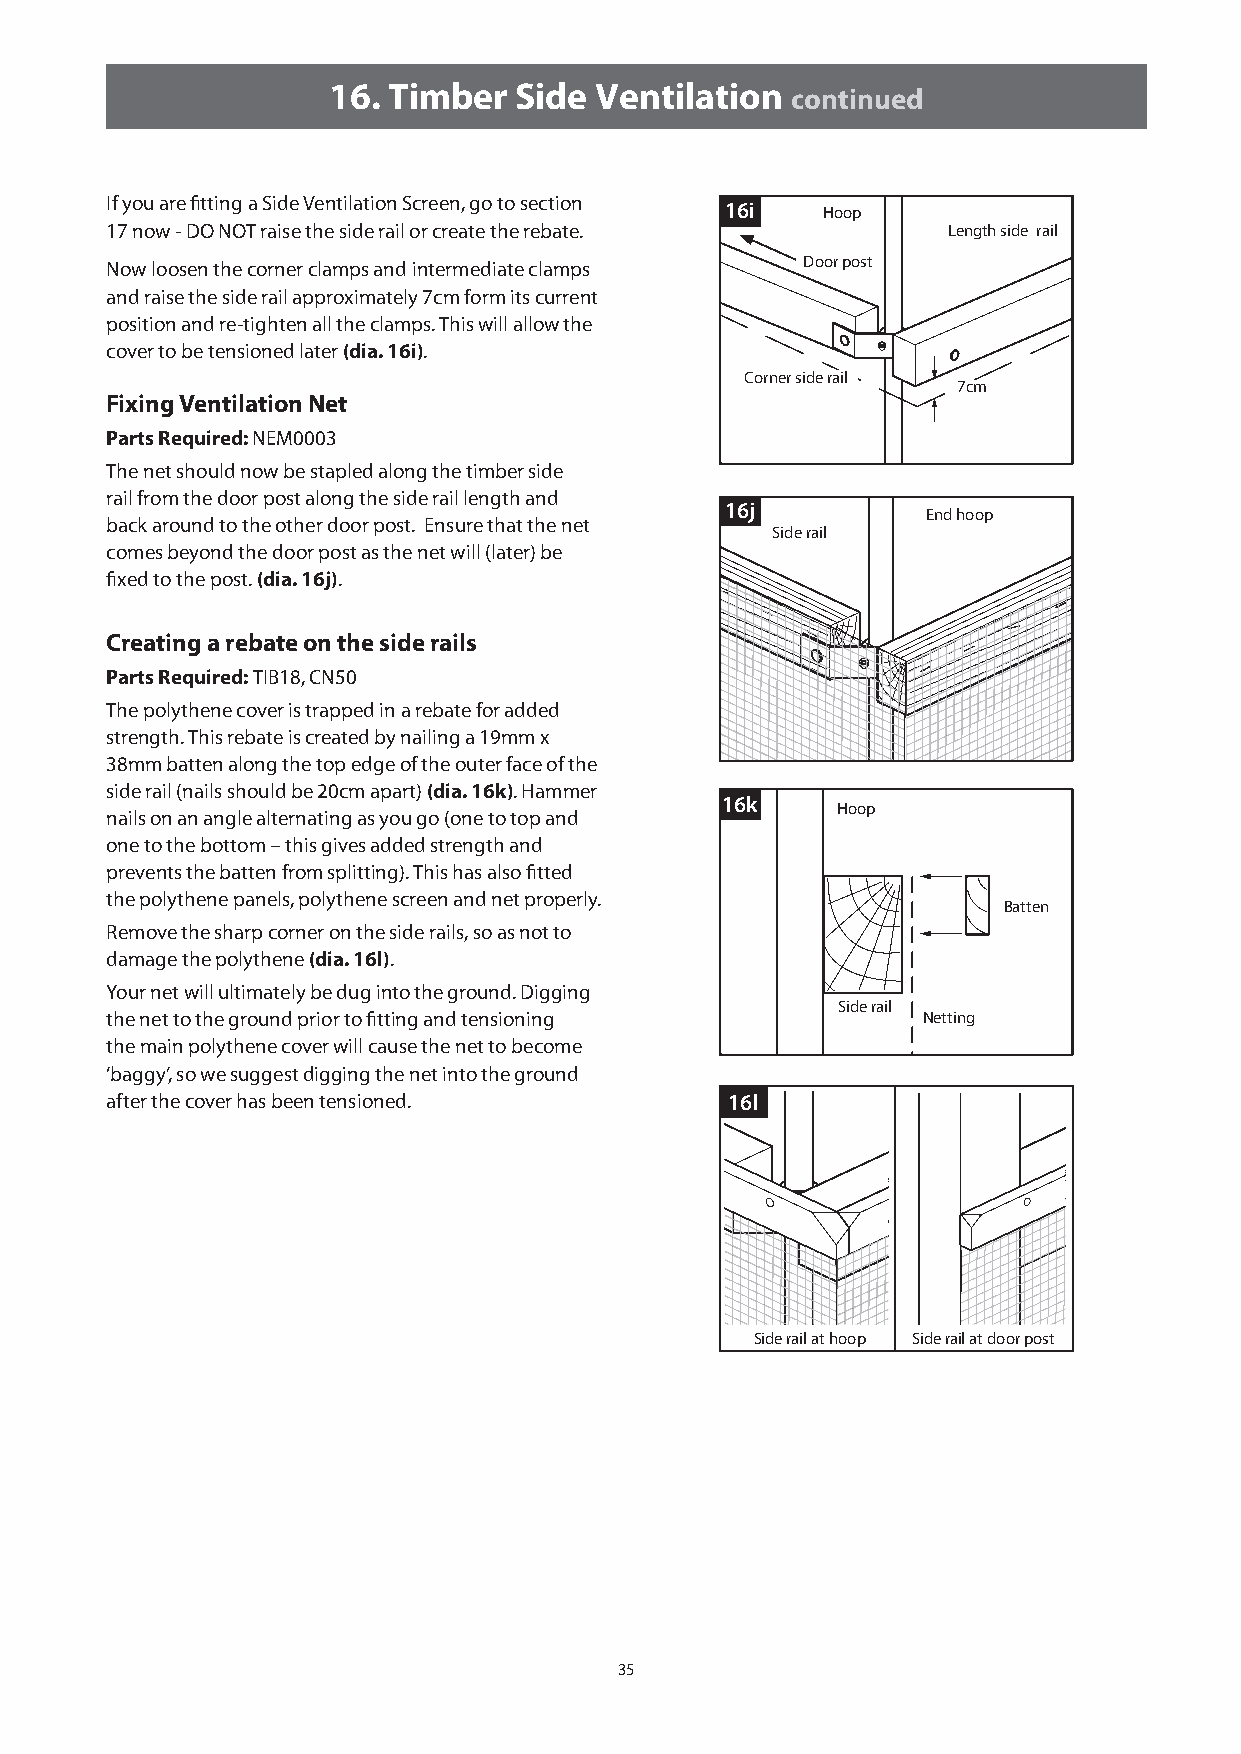
16. Timber  Side Ventilation  continued
 If you are fitting a Side Ventilation Screen, go to section 16i Hoop
 17 now - DO NOT raise the side rail or create the rebate. Length side rail
 Door post
 Now loosen the corner clamps and intermediate clamps
 and raise the side rail approximately 7cm form its current
 position and re-tighten all the clamps. This will allow the
 cover to be tensioned later (dia. 16i).
 Corner side rail
 7cm
 Fixing Ventilation Net
 Parts Required: NEM0003
 The net should now be stapled along the timber side
 rail from the door post along the side rail length and
 16j
 End hoop
 back around to the other door post. Ensure that the net
 Side rail
 comes beyond the door post as the net will (later) be
 fixed to the post. (dia. 16j).
 Creating a rebate on the side rails
 Parts Required: TIB18, CN50
 The polythene cover is trapped in a rebate for added
 strength. This rebate is created by nailing a 19mm x
 38mm batten along the top edge of the outer face of the
 side rail (nails should be 20cm apart) (dia. 16k). Hammer
 16k    Hoop
 nails on an angle alternating as you go (one to top and
 one to the bottom – this gives added strength and
 prevents the batten from splitting). This has also fitted
 the polythene panels, polythene screen and net properly.
 Batten
 Remove the sharp corner on the side rails, so as not to
 damage the polythene (dia. 16l).
 Your net will ultimately be dug into the ground. Digging
 Side rail
 the net to the ground prior to fitting and tensioning Netting
 the main polythene cover will cause the net to become
 ‘baggy’, so we suggest digging the net into the ground
 after the cover has been tensioned.      16l
 Side rail at hoop Side rail at door post
 35